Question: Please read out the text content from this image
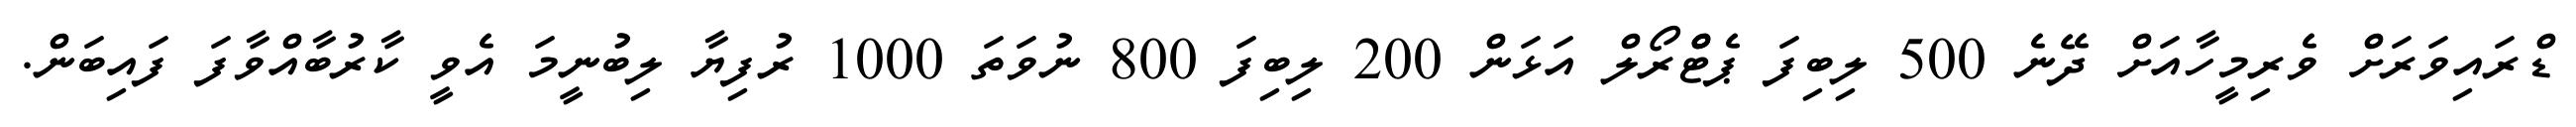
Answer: ޑްރައިވަރަށް ވެރިމީހާއަށް ދޭނެ 500 ލިބިފަ ޕެޓްްރޯލް އަޅަން 200 ލިބިފަ 800 ނުވަތަ 1000 ރުފިޔާ ލިބުނީމަ އެވީ ކާރުބާއްވާފަ ފައިބަން.